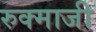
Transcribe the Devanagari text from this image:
रुक्माजी